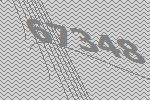
67348